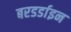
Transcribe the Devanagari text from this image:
बरडर्डाइन